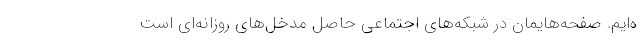
ه‌ایم. صفحه‌هایمان در شبکه‌های اجتماعی حاصل مدخل‌های روزانه‌ای است